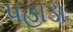
પહાડા